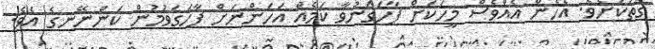
ގޮތަކަށެވެ. އެހެން އެއްވެސް މީހަކަށް ފާހަގަނުވާ ކަމެއް އަހަންނަށް ފާހަގަވުމުން ކަންނޭނގެ އެވެ.